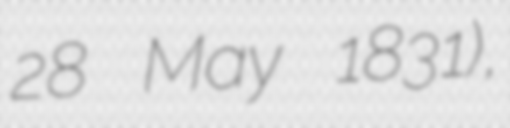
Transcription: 28 May 1831),